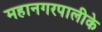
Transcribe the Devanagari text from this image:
महानगरपालीके